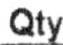
QTY